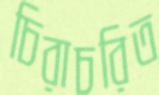
চিরাচরিত